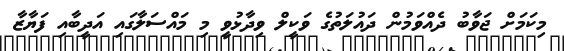
މިކަމަށް ޖަވާބު ދެއްވަމުން ދައުލަތުގެ ވަކީލް ވިދާޅުވީ މި މައްސަލާގައި އަދީބާއި ފަޔާޒާ